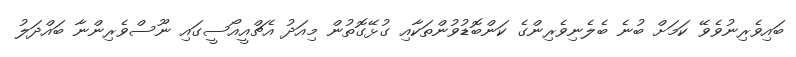
ބައިވެރިނުވެވޭ ކަމަށް ބުނެ ބެލެނިވެރިންގެ ކަންބޮޑުވުންތަކާއި ގުޅޭގޮތުން މިއަދު އެޗްއީއޯސީގައި ނޫސްވެރިންނާ ބައްދަލު